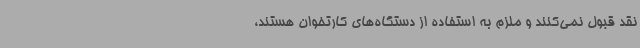
نقد قبول نمی‌کنند و ملزم به استفاده از دستگاه‌های کارتخوان هستند،